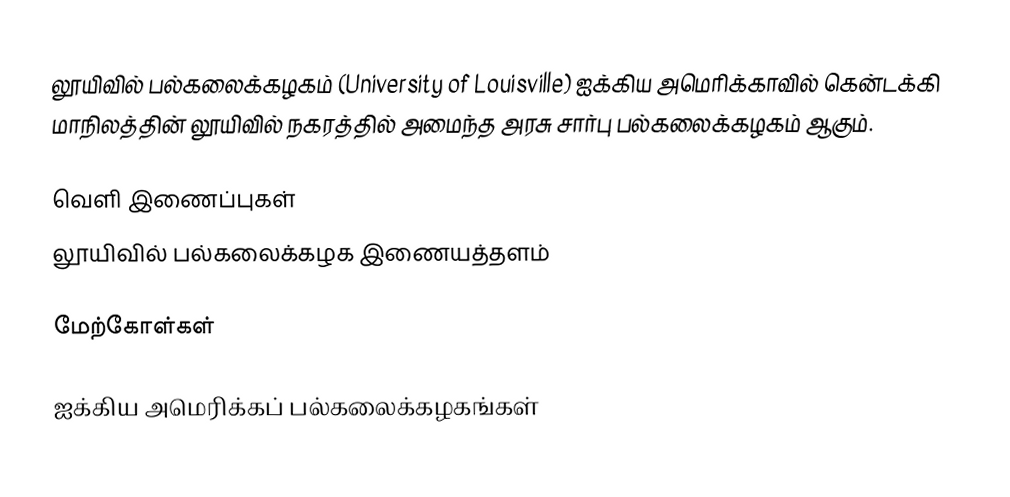
லூயிவில் பல்கலைக்கழகம் (University of Louisville) ஐக்கிய அமெரிக்காவில் கென்டக்கி மாநிலத்தின் லூயிவில் நகரத்தில் அமைந்த அரசு சார்பு பல்கலைக்கழகம் ஆகும்.

வெளி இணைப்புகள்
 லூயிவில் பல்கலைக்கழக இணையத்தளம்

மேற்கோள்கள்

ஐக்கிய அமெரிக்கப் பல்கலைக்கழகங்கள்